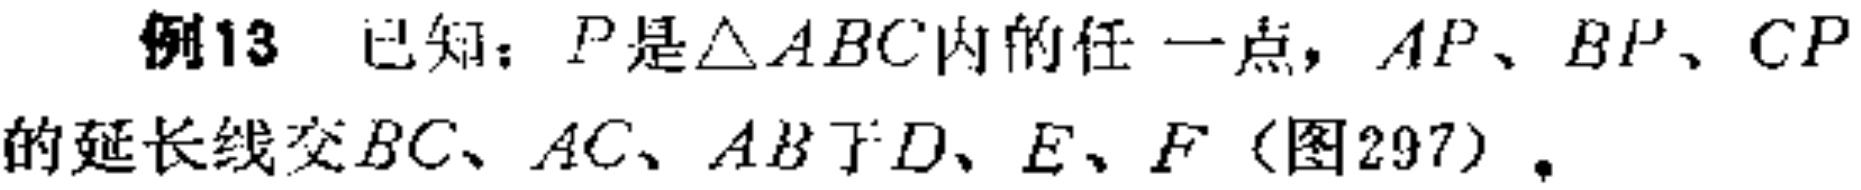
例13 已知：\(P\)是\(\triangle ABC\)内的任一点，\(AP\)、\(BP\)、\(CP\)的延长线交\(BC\)、\(AC\)、\(AB\)于\(D\)、\(E\)、\(F\)（图297）.